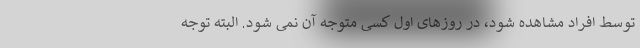
توسط افراد مشاهده شود، در روزهای اول کسی متوجه آن نمی شود. البته توجه